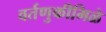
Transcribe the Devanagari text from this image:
वर्तणुकीमिळे